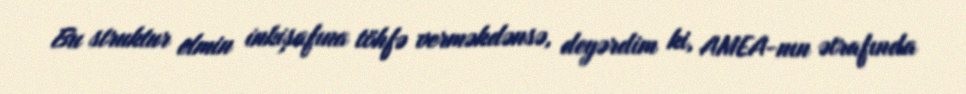
Bu struktur elmin inkişafına töhfə verməkdənsə, deyərdim ki, AMEA-nın ətrafında